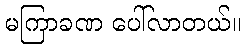
မကြာခဏ ပေါ်လာတယ်။